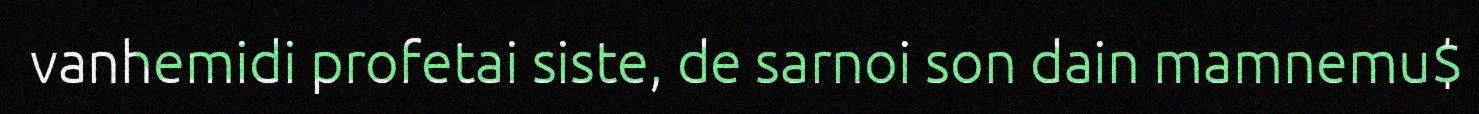
vanhemidi profetai siste, de sarnoi son dain mamnemu$